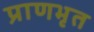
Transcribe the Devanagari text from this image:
प्राणभृत